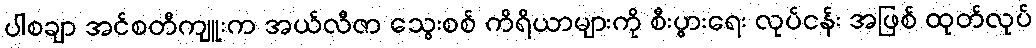
ပါစချာ အင်စတီကျူးက အယ်လီဇာ သွေးစစ် ကိရိယာများကို စီးပွားရေး လုပ်ငန်း အဖြစ် ထုတ်လုပ်